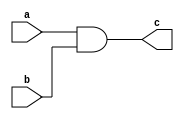
module bit1_multiplier (
  input a,
  input b,
  output c
);
  and (c, a, b);
endmodule // 1bit_multiplier